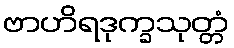
ဗာဟိရဒုက္ခသုတ္တံ